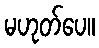
မဟုတ်ပေ။